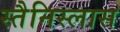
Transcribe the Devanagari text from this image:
स्तैनिस्लास